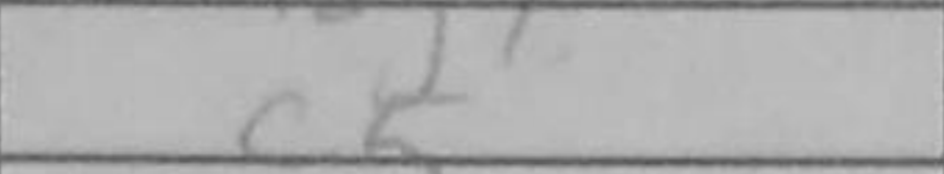
Transcription: c5